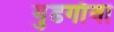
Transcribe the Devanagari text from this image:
गुडगाँवा